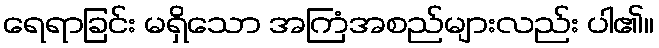
ရေရာခြင်း မရှိသော အကြံအစည်များလည်း ပါ၏။